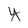
Character: y